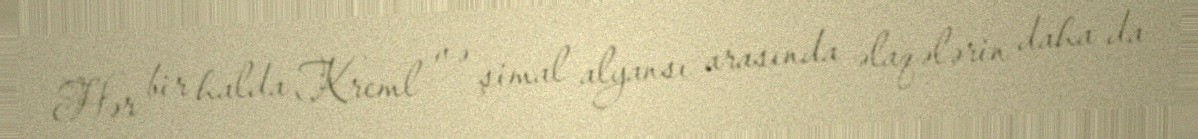
Hər bir halda Kreml və şimal alyansı arasında əlaqələrin daha da